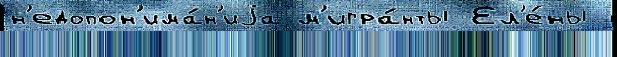
н'едопон'има́н'иjа м'игра́нты Ел'е́ны